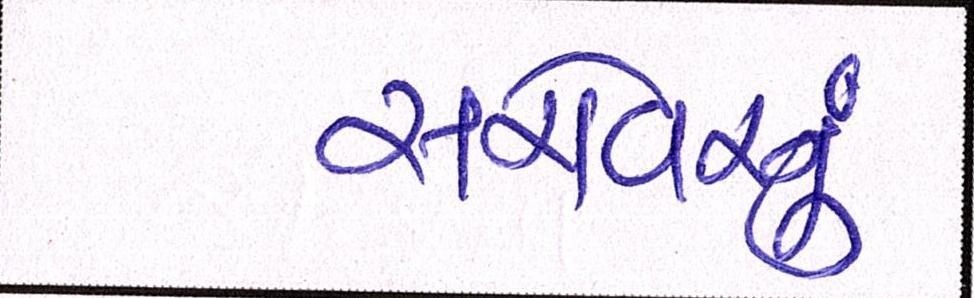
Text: સરોવરનું